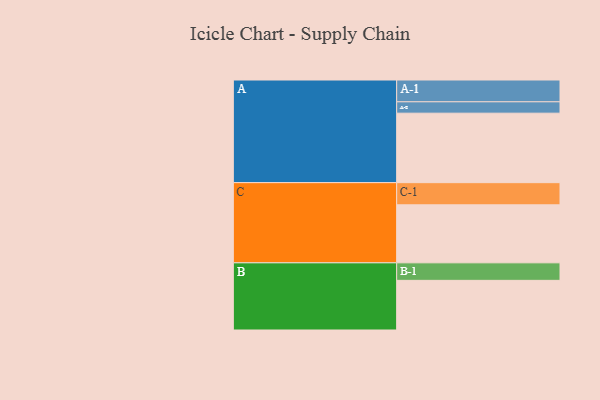
{"axis": {"x": "Segment", "y": "Value"}, "legend": ["", "A", "B", "C"], "data": [{"x": "A", "y": 599, "type": ""}, {"x": "B", "y": 428, "type": ""}, {"x": "C", "y": 500, "type": ""}, {"x": "A-1", "y": 188, "type": "A"}, {"x": "A-2", "y": 98, "type": "A"}, {"x": "B-1", "y": 151, "type": "B"}, {"x": "C-1", "y": 191, "type": "C"}]}